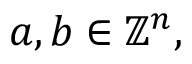
a , b \in \mathbb { Z } ^ { n } ,